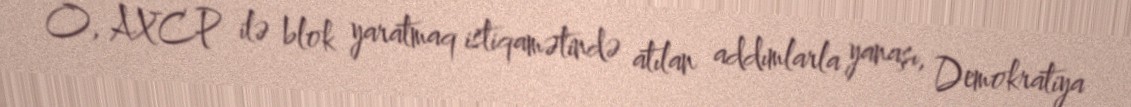
O, AXCP ilə blok yaratmaq istiqamətində atılan addımlarla yanaşı, Demokratiya